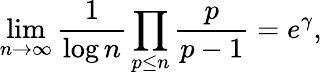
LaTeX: \operatorname*{lim}_{n\to\infty}{\frac{1}{\log n}}\prod_{p\leq n}{\frac{p}{p-1}}=e^{\gamma},